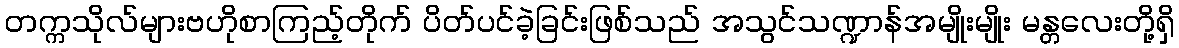
တက္ကသိုလ်များဗဟိုစာကြည့်တိုက် ပိတ်ပင်ခဲ့ခြင်းဖြစ်သည် အသွင်သဏ္ဍာန်အမျိုးမျိုး မန္တလေးတို့ရှိ